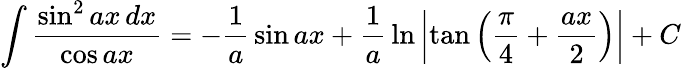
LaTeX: \int{\frac{\sin^{2}ax\, dx}{\cos ax}}=-{\frac{1}{a}}\sin ax+{\frac{1}{a}}\ln\left|\tan\left({\frac{\pi}{4}}+{\frac{ax}{2}}\right)\right|+C